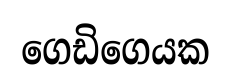
ගෙඩිගෙයක